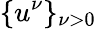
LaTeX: \{ u^{\nu}\} _{\nu>0}